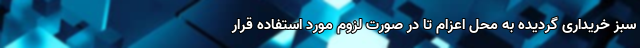
سبز خریداری گردیده به محل اعزام تا در صورت لزوم مورد استفاده قرار